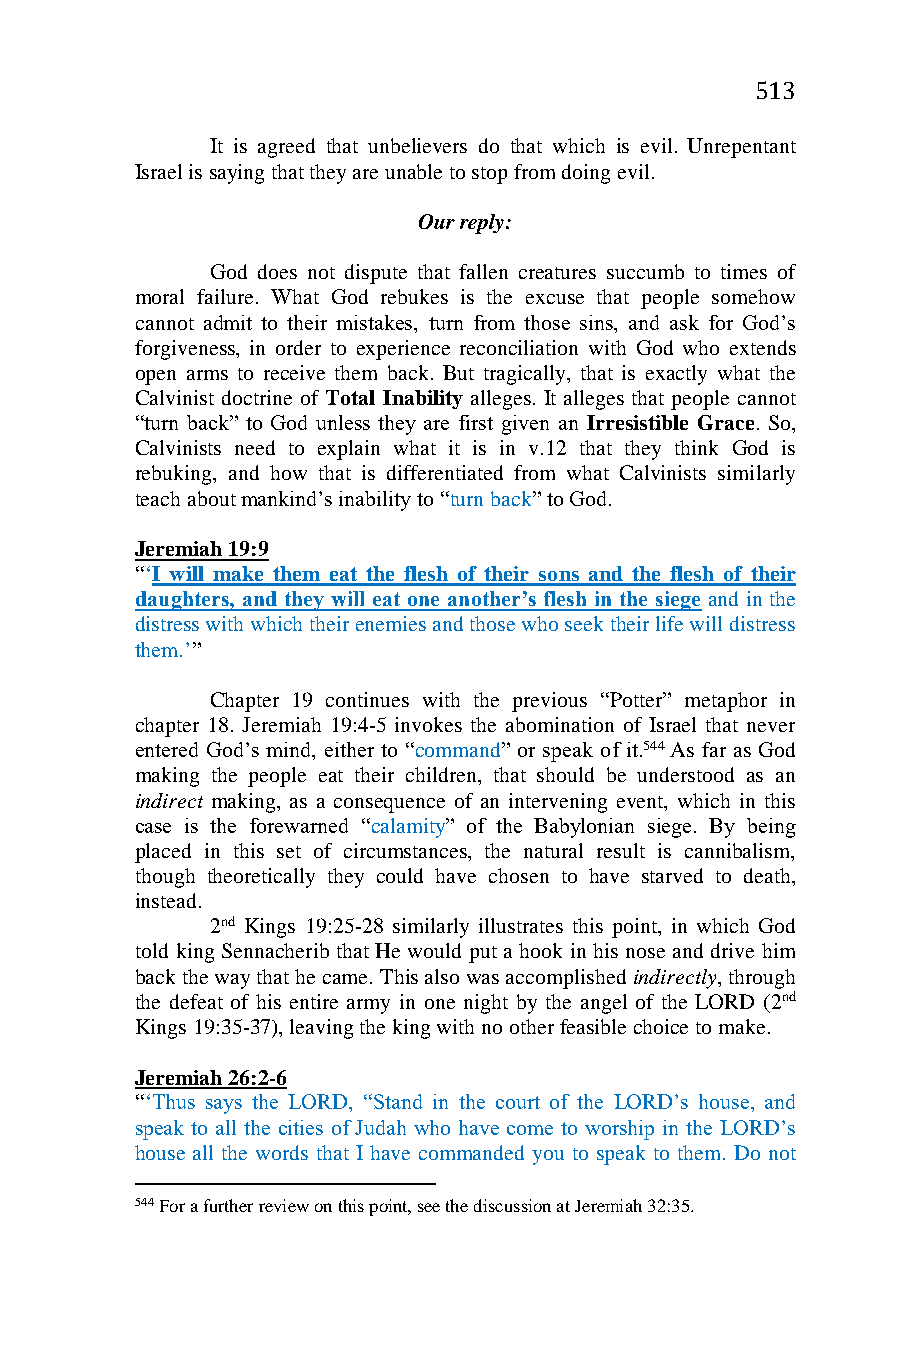
513
 It is agreed that unbelievers do that which is evil. Unrepentant
 Israel is saying that they are unable to stop from doing evil.
 Our reply:
 God does not dispute that fallen creatures succumb to times of
 moral failure. What God rebukes is the excuse that people somehow
 cannot admit to their mistakes, turn from those sins, and ask for God’s
 forgiveness, in order to experience reconciliation with God who extends
 open arms to receive them back. But tragically, that is exactly what the
 Calvinist doctrine of Total Inability alleges. It alleges that people cannot
 “turn back” to God unless they are first given an Irresistible Grace. So,
 Calvinists need to explain what it is in v.12 that they think God is
 rebuking, and how that is differentiated from what Calvinists similarly
 teach about mankind’s inability to “turn back” to God.
 Jeremiah 19:9
 “‘I will make them eat the flesh of their sons and the flesh of their
 daughters, and they will eat one another’s flesh in the siege and in the
 distress with which their enemies and those who seek their life will distress
 them.’”
 Chapter 19 continues with the previous “Potter” metaphor in
 chapter 18. Jeremiah 19:4-5 invokes the abomination of Israel that never
 entered God’s mind, either to “command” or speak of it.544 As far as God
 making the people eat their children, that should be understood as an
 indirect making, as a consequence of an intervening event, which in this
 case is the forewarned “calamity” of the Babylonian siege. By being
 placed in this set of circumstances, the natural result is cannibalism,
 though theoretically they could have chosen to have starved to death,
 instead.
 2nd Kings 19:25-28 similarly illustrates this point, in which God
 told king Sennacherib that He would put a hook in his nose and drive him
 back the way that he came. This also was accomplished indirectly, through
 the defeat of his entire army in one night by the angel of the LORD (2nd
 Kings 19:35-37), leaving the king with no other feasible choice to make.
 Jeremiah 26:2-6
 “‘Thus says the LORD, “Stand in the court of the LORD’s house, and
 speak to all the cities of Judah who have come to worship in the LORD’s
 house all the words that I have commanded you to speak to them. Do not
 544 For a further review on this point, see the discussion at Jeremiah 32:35.